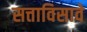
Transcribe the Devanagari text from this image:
सत्ताविसावे